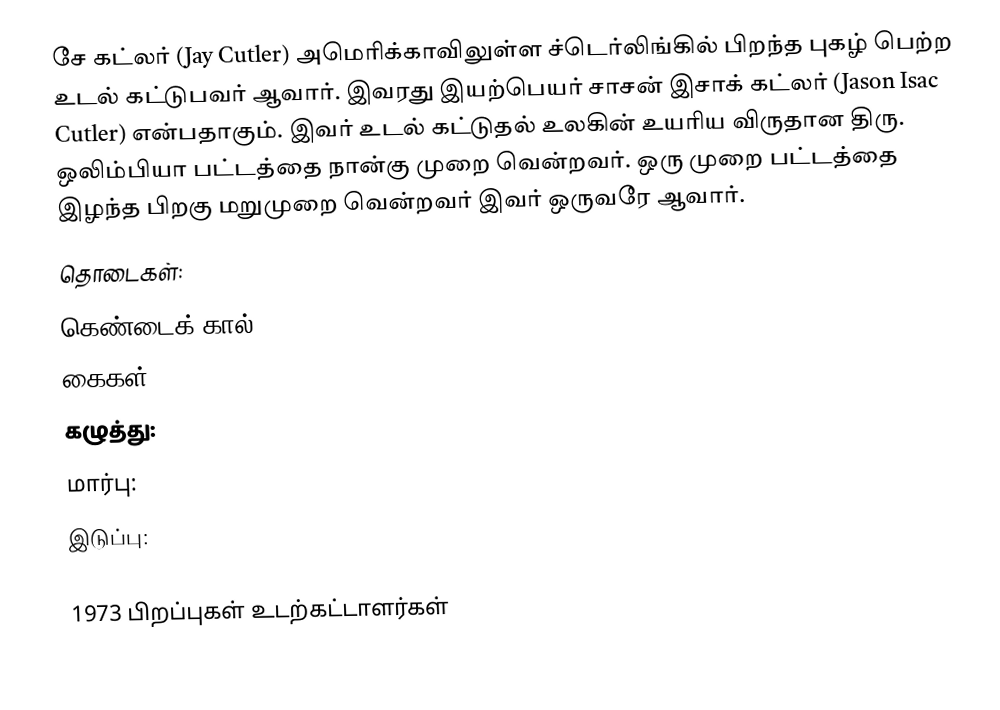
சே கட்லர் (Jay Cutler) அமெரிக்காவிலுள்ள ச்டெர்லிங்கில் பிறந்த புகழ் பெற்ற உடல் கட்டுபவர் ஆவார். இவரது இயற்பெயர் சாசன் இசாக் கட்லர் (Jason Isac Cutler) என்பதாகும். இவர் உடல் கட்டுதல் உலகின் உயரிய விருதான திரு. ஒலிம்பியா பட்டத்தை நான்கு முறை வென்றவர். ஒரு முறை பட்டத்தை இழந்த பிறகு மறுமுறை வென்றவர் இவர் ஒருவரே ஆவார்.
 தொடைகள்:
 கெண்டைக் கால்:
 கைகள்:
 கழுத்து:
 மார்பு:
 இடுப்பு:

1973 பிறப்புகள் உடற்கட்டாளர்கள்